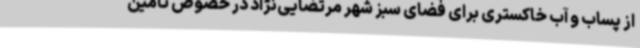
از پساب و آب خاکستری برای فضای سبز شهر مرتضایی‌نژاد در خصوص تامین